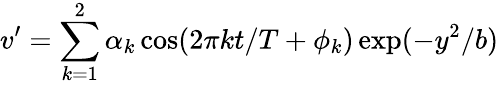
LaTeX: v^{\prime}=\sum_{k=1}^{2}\alpha_{k}\cos(2\pi kt/T+\phi_{k})\exp(-y^{2}/b)